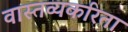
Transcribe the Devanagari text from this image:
वास्तव्यकरिता